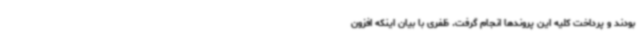
بودند و پرداخت کلیه این پروندها انجام گرفت. ظفری با بیان اینکه افزون